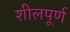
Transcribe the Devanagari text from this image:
शीलपूर्ण